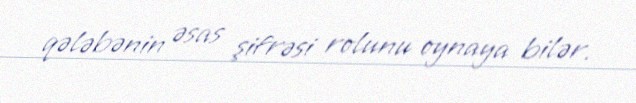
qələbənin əsas şifrəsi rolunu oynaya bilər.